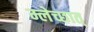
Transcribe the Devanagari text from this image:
म्लेच्छात्